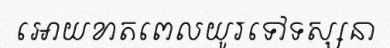
អោយខាតពេលយូរទៅទស្សនា